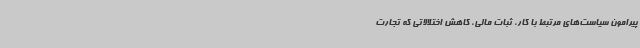
پیرامون سیاست‌های مرتبط با کار، ثبات مالی، کاهش اختلالاتی که تجارت